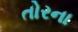
તોરના